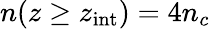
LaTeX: n(z\ge z_{\mathrm{int}})=4n_{c}